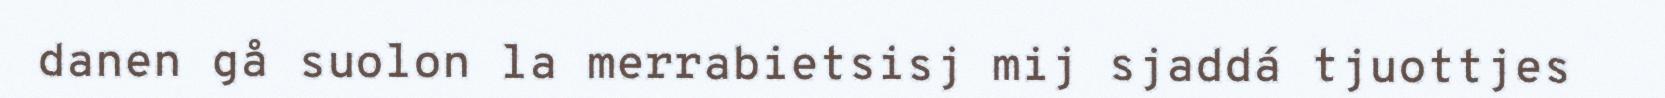
danen gå suolon la merrabietsisj mij sjaddá tjuottjes